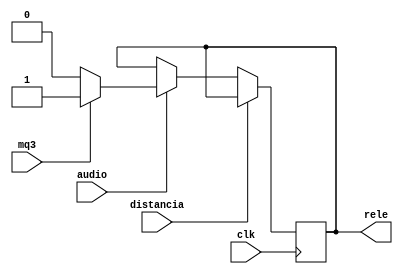
module Proyecto_Final(
    // 50MHz clock
    input clk,
    // Input from reset button (active low)
    input audio,
    input mq3,
    input distancia,
	output reg rele = 0
    );

always@(posedge clk)
begin
	if(~distancia)
		begin
		if(audio)
			begin
			if(mq3)
				begin
				rele <= 1;
				end
			else
				begin
				rele <= 0;
				end
			end
		end
end

endmodule